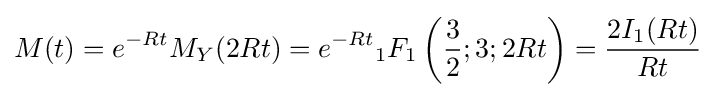
M(t)=e^{-Rt}M_{Y}(2Rt)=e^{-Rt}{}_{1}F_{1}\left({\frac {3}{2}};3;2Rt\right)={\frac {2I_{1}(Rt)}{Rt}}